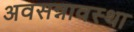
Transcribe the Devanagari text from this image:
अवसन्नावस्था